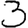
Digit: 3